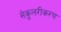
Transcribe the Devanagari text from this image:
सेकुलरीकरण